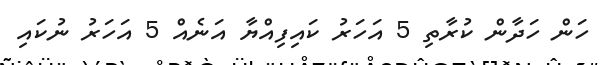
ހަން ހަދާން ކުރާތި 5 އަހަރު ކައިފިއްޔާ އަނެއް 5 އަހަރު ނުކައި